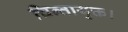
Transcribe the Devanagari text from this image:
चिन्तायुक्त।